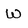
Character: W